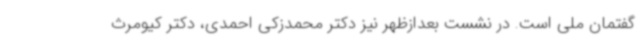
گفتمان ملی است. در نشست بعدازظهر نیز دکتر محمدزکی احمدی، دکتر کیومرث